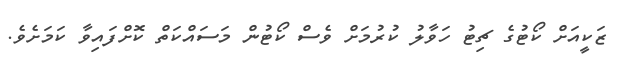
ޒަކީއަށް ކޯޓުގެ ޗިޓު ހަވާލު ކުރުމަށް ވެސް ކޯޓުން މަސައްކަތް ކޮށްފައިވާ ކަމަށެވެ.